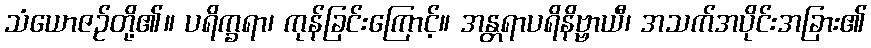
သံယောဇဉ်တို့၏။ ပရိက္ခရာ၊ ကုန်ခြင်းကြောင့်။ အန္တရာပရိနိဗ္ဗာယီ၊ အသက်အပိုင်းအခြား၏